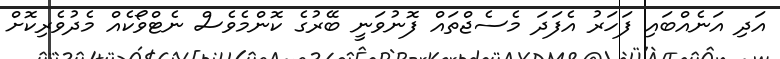
އަދި އަނެއްބައި ފަހަރު އެފަދަ މެސެޖްތައް ފޮނުވަނީ ބޭރުގެ ކޮންމެވެސް ނެޓްވޯކެއް މެދުވެރިކޮށް